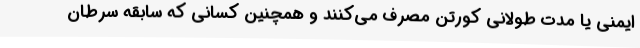
ایمنی یا مدت طولانی کورتن مصرف می‌کنند و همچنین کسانی که سابقه سرطان